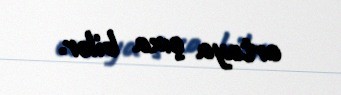
ortaya çıxa bilər.